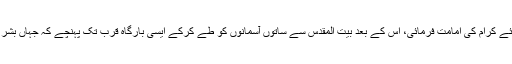
یہاں پہنچنے کے بعد نبی کریم ﷺ نے تمام انبیائے کرامؑ کی امامت فرمائی، اس کے بعد بیت المقدس سے ساتوں آسمانوں کو طے کرکے ایسی بارگاہِ قرب تک پہنچے کہ جہاں بشر تو بشر کسی فرشتے کو بھی رسائی نہ ہوسکی۔